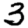
Digit: 3